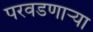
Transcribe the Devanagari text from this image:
परवडणार्‍या